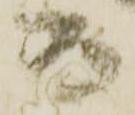
而